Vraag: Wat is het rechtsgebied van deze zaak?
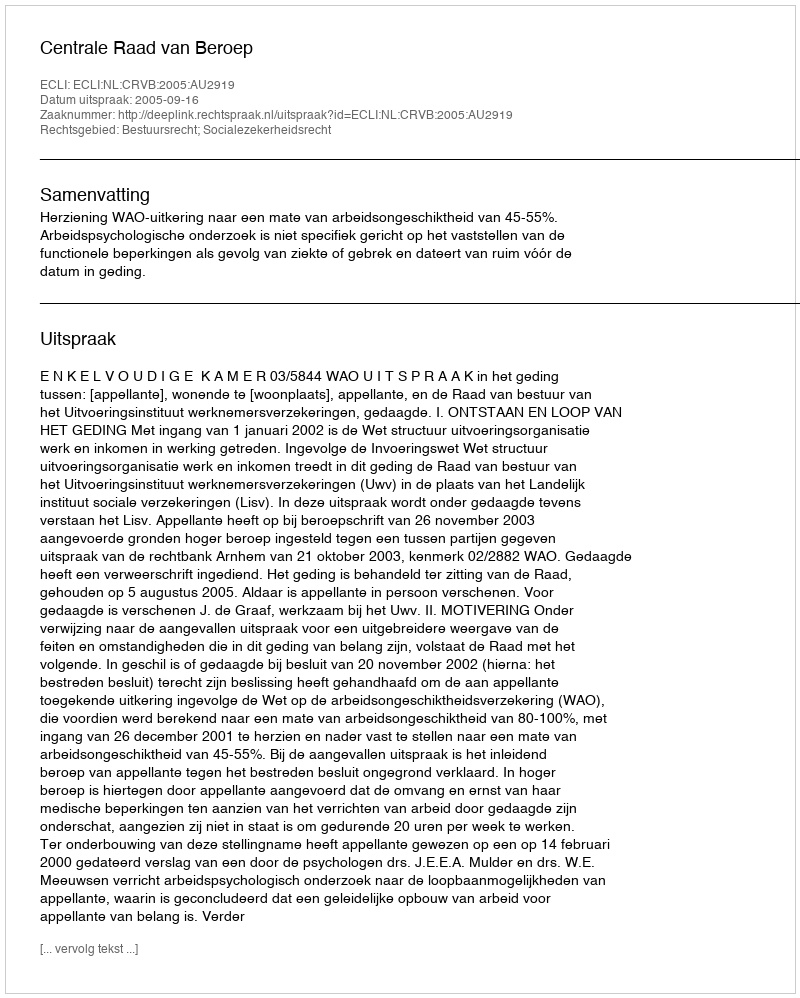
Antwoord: Bestuursrecht; Socialezekerheidsrecht